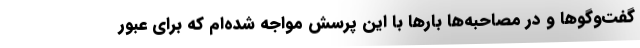
گفت‌وگوها و در مصاحبه‌ها بارها با اين پرسش مواجه شده‌ام كه براي عبور